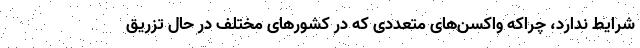
شرایط ندارد، چراکه واکسن‌های متعددی که در کشورهای مختلف در حال تزریق